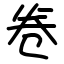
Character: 卷